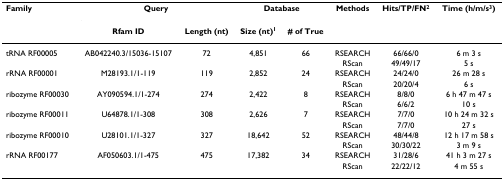
<table><thead><tr><td><b>Family</b></td><td colspan="2"><b>Query</b></td><td colspan="2"><b>Database</b></td><td><b>Methods</b></td><td><b>Hits/TP/FN<sup>2</sup></b></td><td><b>Time (h/m/s<sup>3</sup>)</b></td></tr><tr><td></td><td><b>Rfam ID</b></td><td><b>Length (nt)</b></td><td><b>Size (nt)<sup>1</sup></b></td><td><b># of True</b></td><td></td><td></td><td></td></tr></thead><tbody><tr><td>tRNA RF00005</td><td>AB042240.3/15036-15107</td><td>72</td><td>4,851</td><td>66</td><td>RSEARCH</td><td>66/66/0</td><td>6 m 3 s</td></tr><tr><td></td><td></td><td></td><td></td><td></td><td>RScan</td><td>49/49/17</td><td>5 s</td></tr><tr><td>rRNA RF00001</td><td>M28193.1/1-119</td><td>119</td><td>2,852</td><td>24</td><td>RSEARCH</td><td>24/24/0</td><td>26 m 28 s</td></tr><tr><td></td><td></td><td></td><td></td><td></td><td>RScan</td><td>20/20/4</td><td>6 s</td></tr><tr><td>ribozyme RF00030</td><td>AY090594.1/1-274</td><td>274</td><td>2,422</td><td>8</td><td>RSEARCH</td><td>8/8/0</td><td>6 h 47 m 47 s</td></tr><tr><td></td><td></td><td></td><td></td><td></td><td>RScan</td><td>6/6/2</td><td>10 s</td></tr><tr><td>ribozyme RF00011</td><td>U64878.1/1-308</td><td>308</td><td>2,626</td><td>7</td><td>RSEARCH</td><td>7/7/0</td><td>10 h 24 m 32 s</td></tr><tr><td></td><td></td><td></td><td></td><td></td><td>RScan</td><td>7/7/0</td><td>27 s</td></tr><tr><td>ribozyme RF00010</td><td>U28101.1/1-327</td><td>327</td><td>18,642</td><td>52</td><td>RSEARCH</td><td>48/44/8</td><td>12 h 17 m 58 s</td></tr><tr><td></td><td></td><td></td><td></td><td></td><td>RScan</td><td>30/30/22</td><td>3 m 9 s</td></tr><tr><td>rRNA RF00177</td><td>AF050603.1/1-475</td><td>475</td><td>17,382</td><td>34</td><td>RSEARCH</td><td>31/28/6</td><td>41 h 3 m 27 s</td></tr><tr><td></td><td></td><td></td><td></td><td></td><td>RScan</td><td>22/22/12</td><td>4 m 55 s</td></tr></tbody></table>